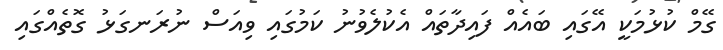
ގޭމް ކުޅުމަކީ އޭގައި ބައެއް ފައިދާތައް އެކުލެވުނު ކަމުގައި ވިއަސް ނުރަނގަޅު ގޮތެއްގައި